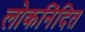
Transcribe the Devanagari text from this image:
लोकनिंदित